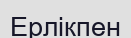
Ерлікпен